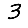
Digit: 3